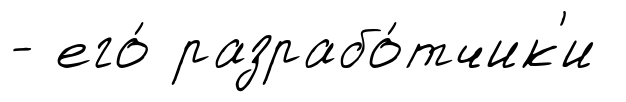
- его́ разрабо́тчик'и